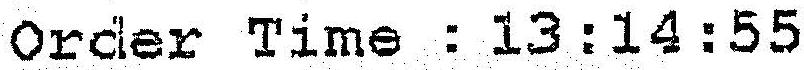
ORDER TIME : 13:14:55